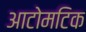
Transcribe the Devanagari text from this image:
आटोमटिक